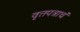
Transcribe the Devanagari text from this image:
वृत्तपत्राचं